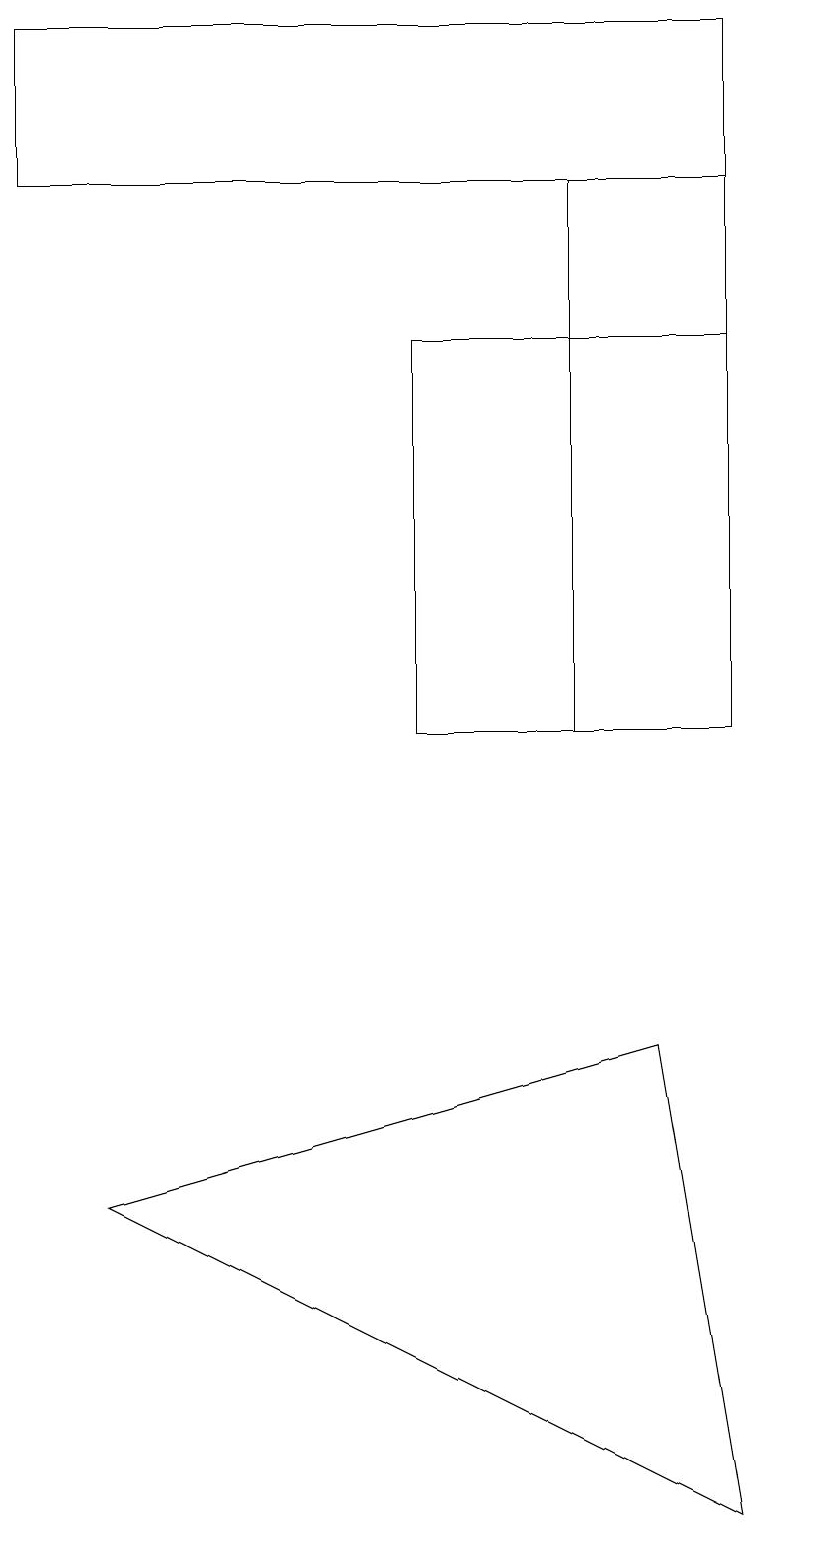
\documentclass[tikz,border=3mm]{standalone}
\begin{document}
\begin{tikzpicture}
\draw (5,10) rectangle (9,15);
\draw (7,10) rectangle (9,17);
\draw (8,6) -- (1,4) -- (9,0) -- cycle;
\draw (10,10) circle (0);
\draw (0,17) rectangle (9,19);
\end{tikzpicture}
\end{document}